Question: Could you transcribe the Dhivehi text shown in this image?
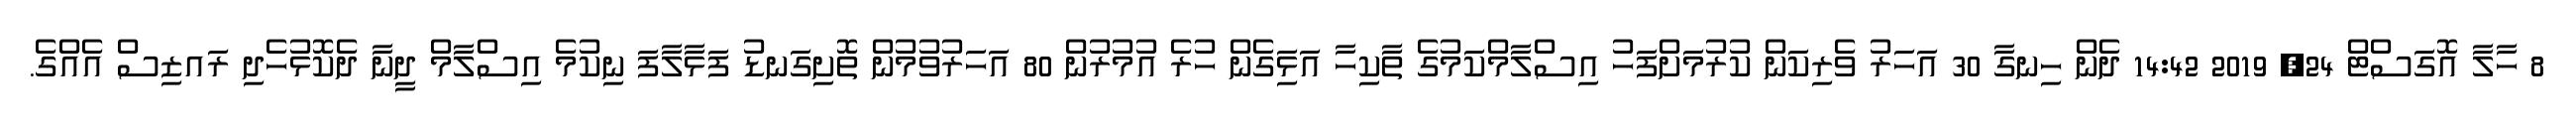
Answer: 8 ހާލާ އޮގަސްޓް 24, 2019 14:42 ދެން ހިނގާ 30 އަހަރު ވެރިކަން ކުރުމަށްފަހު އިސްލާމްކަމުގެ ތާކިހާ އަޅަިގެން ހުރެ އުމުރުން 80 އަހަރުވުމުން ތޮށިގަނޑު ފަޅާލާފަ ނިކުމެ އިސްލާމް ދީނާ ދެކޮޅުހެދި ރައޒިސް އެއްގެ.